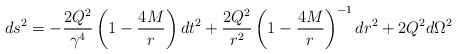
\begin{align*}ds^{2} = -\frac{2Q^{2}}{\gamma^{4}} \left ( 1 - \frac{4M}{r} \right ) dt^{2}+ \frac{2Q^{2}}{r^{2}} \left ( 1 - \frac{4M}{r} \right )^{-1} dr^{2}+ 2Q^{2}d\Omega^{2}\end{align*}